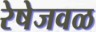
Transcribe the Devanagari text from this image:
रेषेजवळ